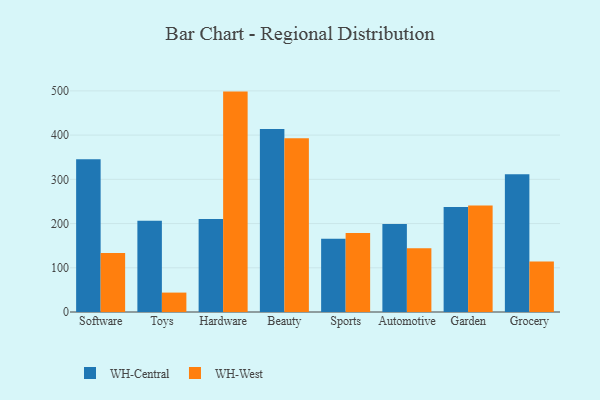
{"axis": {"x": "Category", "y": "Humidity (%)"}, "legend": ["WH-Central", "WH-West"], "data": [{"x": "Software", "y": 345.4, "type": "WH-Central"}, {"x": "Software", "y": 133.3, "type": "WH-West"}, {"x": "Toys", "y": 206.3, "type": "WH-Central"}, {"x": "Toys", "y": 43.9, "type": "WH-West"}, {"x": "Hardware", "y": 210.5, "type": "WH-Central"}, {"x": "Hardware", "y": 498.4, "type": "WH-West"}, {"x": "Beauty", "y": 413.9, "type": "WH-Central"}, {"x": "Beauty", "y": 393.0, "type": "WH-West"}, {"x": "Sports", "y": 165.7, "type": "WH-Central"}, {"x": "Sports", "y": 178.9, "type": "WH-West"}, {"x": "Automotive", "y": 198.9, "type": "WH-Central"}, {"x": "Automotive", "y": 143.9, "type": "WH-West"}, {"x": "Garden", "y": 237.7, "type": "WH-Central"}, {"x": "Garden", "y": 240.7, "type": "WH-West"}, {"x": "Grocery", "y": 311.3, "type": "WH-Central"}, {"x": "Grocery", "y": 114.4, "type": "WH-West"}]}